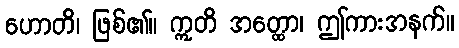
ဟောတိ၊ ဖြစ်၏။ ဣတိ အတ္ထော၊ ဤကားအနက်။